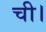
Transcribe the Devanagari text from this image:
ची।